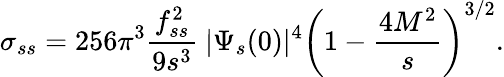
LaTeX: \sigma_{ss}=256\pi^{3}\frac{f_{ss}^{2}}{9s^{3}}~|\Psi_{s}(0)|^{4}\left(1-\frac{4M^{2}}{s}\right)^{3/2}.